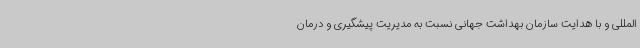
المللی و با هدایت سازمان بهداشت جهانی نسبت به مدیریت پیشگیری و درمان